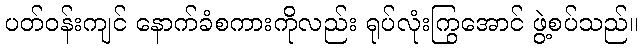
ပတ်ဝန်းကျင် နောက်ခံစကားကိုလည်း ရုပ်လုံးကြွအောင် ဖွဲ့စပ်သည်။